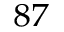
^ { 8 7 }